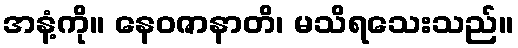
အနံ့ကို။ နေဝဇာနာတိ၊ မသိရသေးသည်။